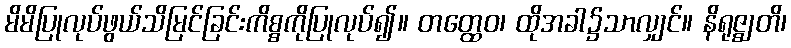
မိမိပြုလုပ်ဖွယ်သိမြင်ခြင်းကိစ္စကိုပြုလုပ်၍။ တတ္ထေဝ၊ ထိုအခါ၌သာလျှင်။ နိရုဇ္ဈတိ၊